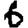
Digit: 6